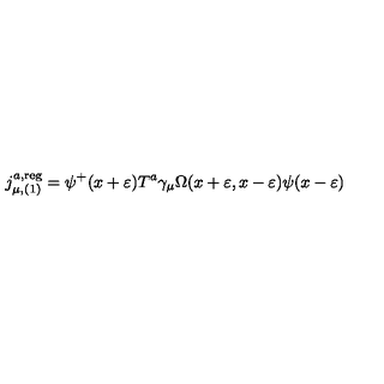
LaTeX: j _ { \mu , ( 1 ) } ^ { a , \mathrm { r e g } } = \psi ^ { + } ( x + \varepsilon ) T ^ { a } \gamma _ { \mu } \Omega ( x + \varepsilon , x - \varepsilon ) \psi ( x - \varepsilon )